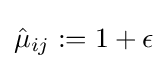
{\hat {\mu }}_{ij}:=1+\epsilon